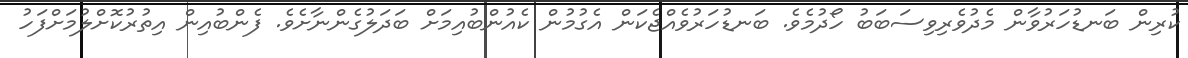
ކުރިން ބަނޑުހަރުވާން މެދުވެރިވިސަބަބު ހޯދުމެވެ. ބަނޑުހަރުވެއްޖެކަން އެގުމުން ކެއުންބުއިމަށް ބަދަލުގެންނާށެވެ. ފެންބުއިން އިތުރުކޮށްލުމަށްފަހު